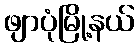
ဖျာပုံမြို့နယ်